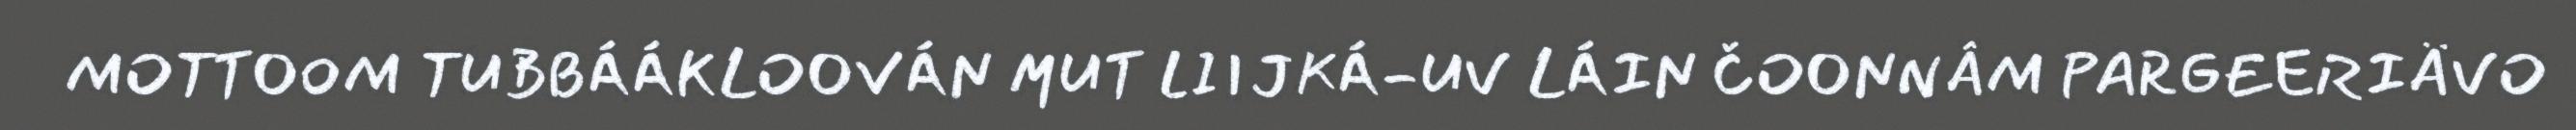
MOTTOOM TUBBÁÁKLOOVÁN MUT LIIJKÁ-UV LÁIN ČOONNÂM PARGEERIÄVO